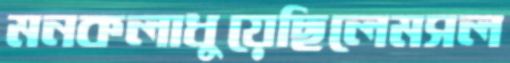
মনকলাধুয়েছিলেমসল